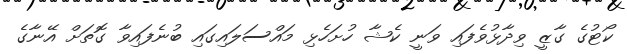
ކޯޓުގެ ގާޒީ ވިދާޅުވެފައި ވަނީ ކެޝާ ހުށަހެޅި މައްސަލައިގައި ބުނެފައިވާ ގޮތަށް އޭނާގެ